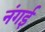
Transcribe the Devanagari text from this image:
नंगई